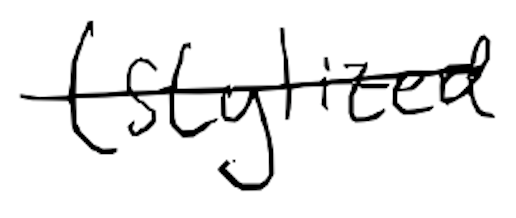
Text: (stylized
Cross-out: mix
Writing tool: digital_black